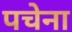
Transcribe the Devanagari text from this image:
पचेना